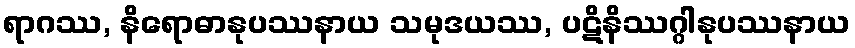
ရာဂဿ, နိရောဓာနုပဿနာယ သမုဒယဿ, ပဋိနိဿဂ္ဂါနုပဿနာယ